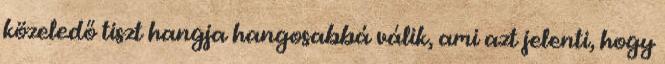
közeledő tiszt hangja hangosabbá válik, ami azt jelenti, hogy